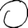
Digit: 0